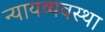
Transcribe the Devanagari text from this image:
न्‍यायव्‍यवस्‍था